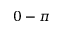
0 - \pi